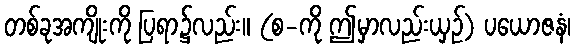
တစ်ခုအကျိုးကို ပြရာ၌လည်း။ (စ-ကို ဤမှာလည်းယှဉ်) ပယောဇနံ၊